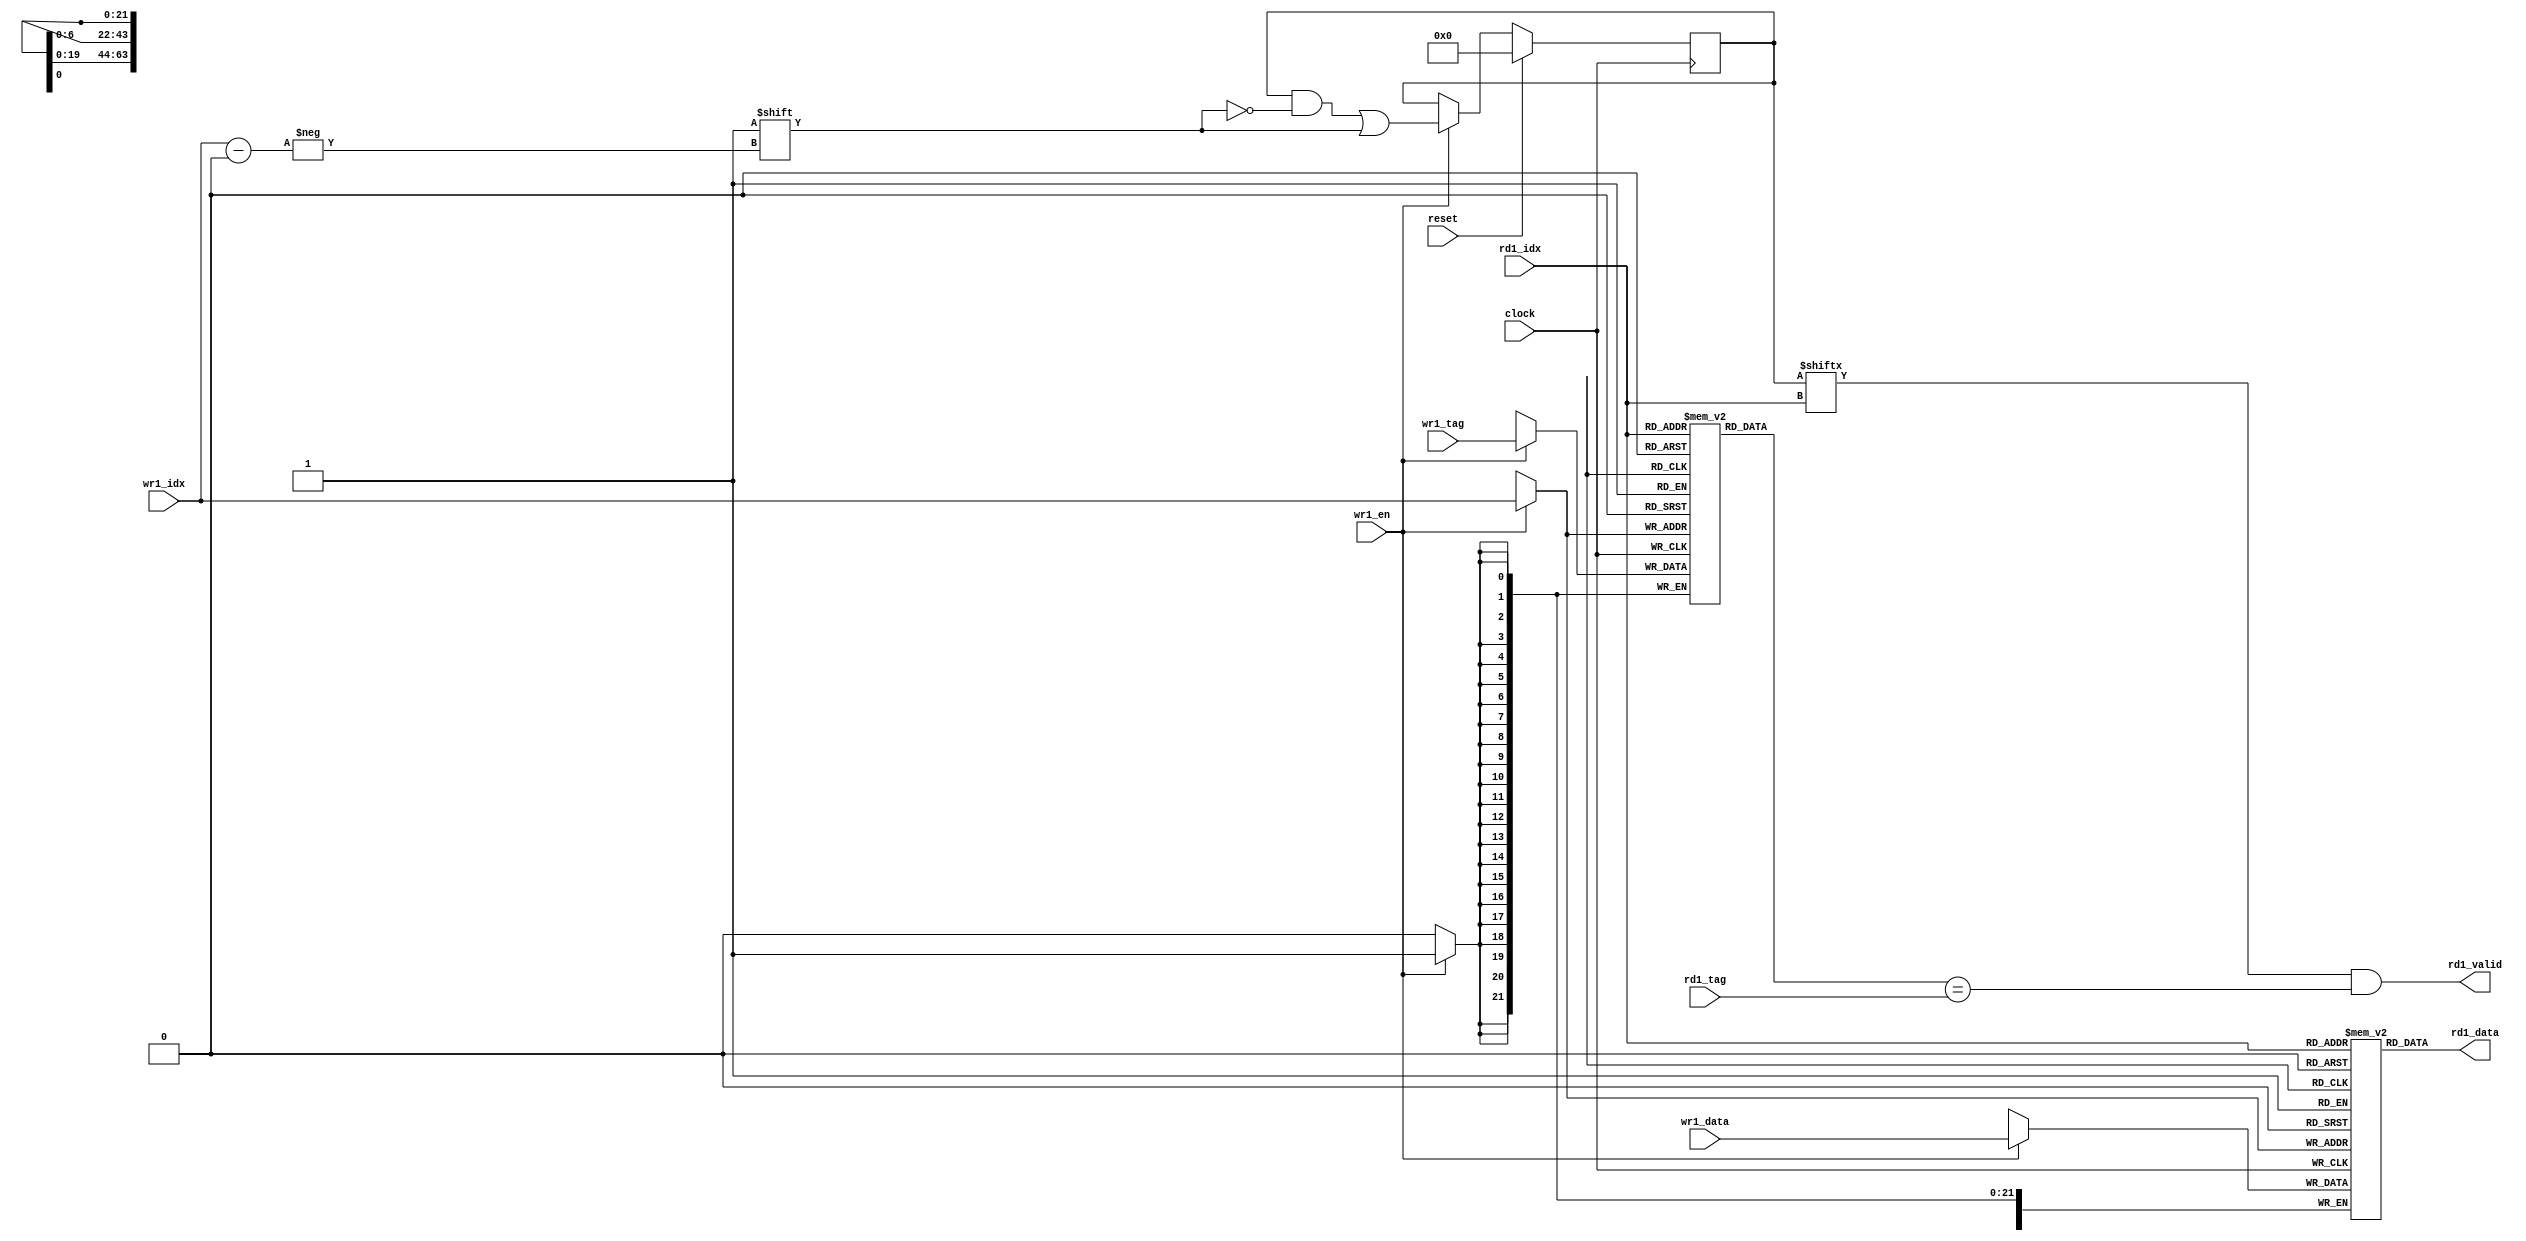
`define SD #1

module cachemem128x64(clock, reset, 
			wr1_en, wr1_tag, wr1_idx, wr1_data,
			rd1_tag, rd1_idx, rd1_data, rd1_valid);

input clock, reset, wr1_en;
input [6:0] wr1_idx, rd1_idx;
input [21:0] wr1_tag, rd1_tag;
input [63:0] wr1_data; 
output [63:0] rd1_data;
output rd1_valid;

reg [63:0] data [127:0];
reg [21:0] tags [127:0]; 
reg [127:0] valids;

assign rd1_data = data[rd1_idx];
assign rd1_valid = valids[rd1_idx]&&(tags[rd1_idx] == rd1_tag);

always @(posedge clock)
begin
  if(reset) valids <= `SD 128'b0;
  else if(wr1_en) 
    valids[wr1_idx] <= `SD 1;
end

always @(posedge clock)
begin
  if(wr1_en)
  begin
    data[wr1_idx] <= `SD wr1_data;
    tags[wr1_idx] <= `SD wr1_tag;
  end
end

endmodule